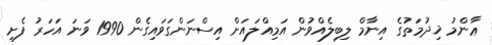
ޢާންމު ޚިދުމަތުގެ އިނާމް ލިބިލެއްވުން އަމިއްލައަށް އިސްނަންގަވައިގެން 1990 ވަނަ އަހަރު ފެށި